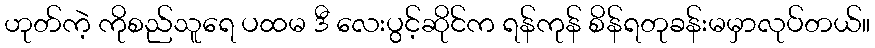
ဟုတ်ကဲ့ ကိုစည်သူရေ ပထမ ဒီ လေးပွင့်ဆိုင်က ရန်ကုန် စိန်ရတုခန်းမမှာလုပ်တယ်။